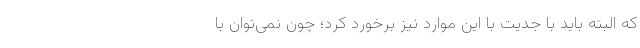
که البته باید با جدیت با این موارد نیز برخورد کرد؛ چون نمی‌توان با